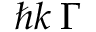
\hbar \boldsymbol { k } \: \Gamma